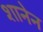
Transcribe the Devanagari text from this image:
शानेन